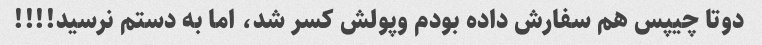
دوتا چیپس هم سفارش داده بودم وپولش کسر شد، اما به دستم نرسید!!!!